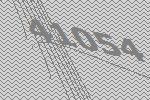
41054